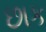
છાક